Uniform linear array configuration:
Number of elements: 64
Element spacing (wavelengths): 0.75
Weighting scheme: cosine
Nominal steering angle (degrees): -45
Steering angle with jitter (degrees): -44.64
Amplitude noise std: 0.05
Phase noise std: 0.05

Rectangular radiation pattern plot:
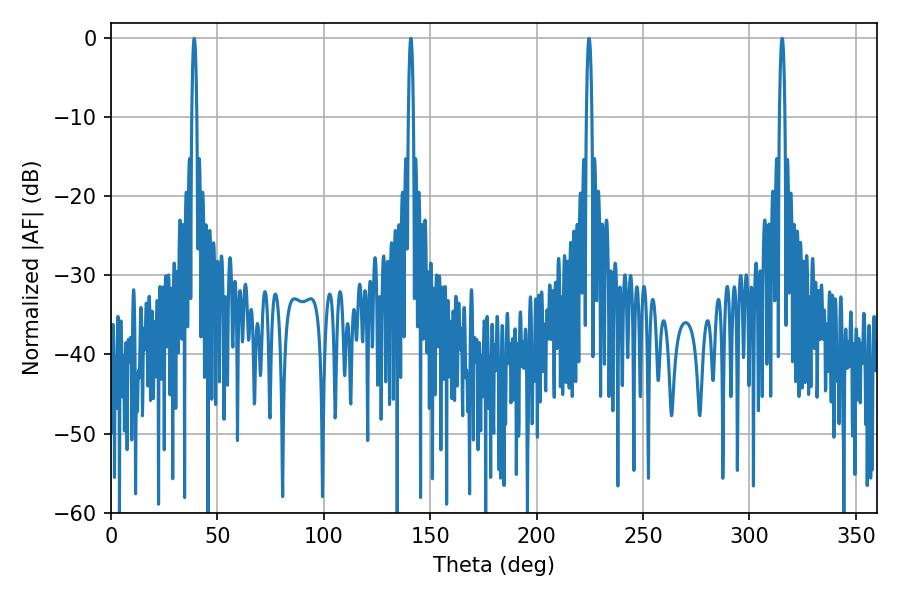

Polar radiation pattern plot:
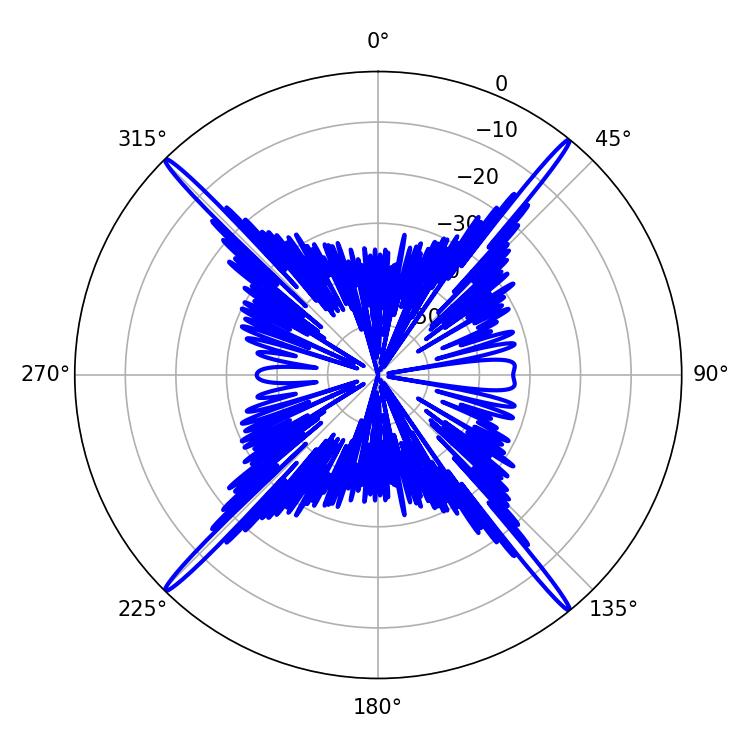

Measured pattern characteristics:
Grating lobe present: TRUE
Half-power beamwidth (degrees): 1.44
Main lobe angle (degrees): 315.36